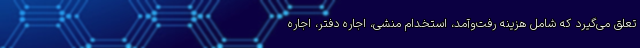
تعلق می‌گیرد که شامل هزینه رفت‌وآمد، استخدام منشی، اجاره دفتر، اجاره